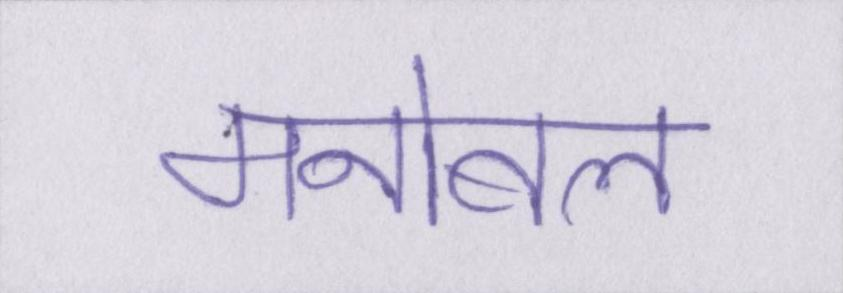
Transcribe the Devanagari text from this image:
मनोबल